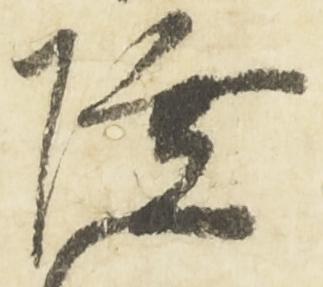
陸